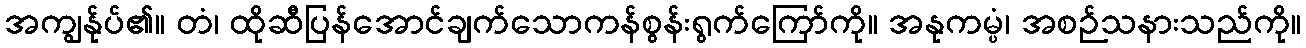
အကျွန်ုပ်၏။ တံ၊ ထိုဆီပြန်အောင်ချက်သောကန်စွန်းရွက်ကြော်ကို။ အနုကမ္ပံ၊ အစဉ်သနားသည်ကို။